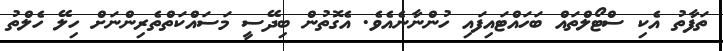
ތަފާތު އެކި ސްޓޯލްތައް ބަހައްޓައިފައި ހުންނާނެއެވެ. އެގޮތުން ބިދޭސީ މަސައްކަތްތެރިންނަށް ހިލޭ ހެލްތު